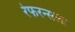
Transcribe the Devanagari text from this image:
रेफरन्सला